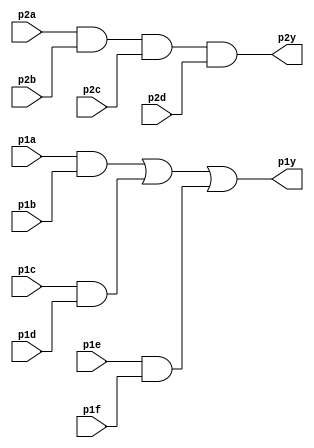
module top_module (
    input wire p1a, p1b, p1c, p1d, p1e, p1f,
    input wire p2a, p2b, p2c, p2d,
    output wire p1y, p2y
);
    // Define intermediate signals for AND gates
    wire and1_out, and2_out, and3_out, and4_out;

    // Implement AND gate logic for part 1
    assign and1_out = p1a & p1b;
    assign and2_out = p1c & p1d;
    assign and3_out = p1e & p1f;

    // Implement OR gate logic for part 1
    assign p1y = and1_out | and2_out | and3_out;

    // Implement AND gate logic for part 2
    assign and4_out = p2a & p2b & p2c & p2d;

    // Implement OR gate logic for part 2 (single AND gate output directly drives p2y)
    assign p2y = and4_out;

endmodule